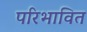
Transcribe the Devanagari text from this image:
परिभावित